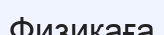
Физикаға